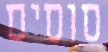
סוסים